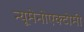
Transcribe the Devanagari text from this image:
न्यूमेनोएक्टोमी